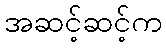
အဆင့်ဆင့်က